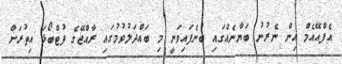
އެފްއޭއެމް އިން ނެރުނު ބަޔާނެއްގައި ބުނެފައިވަނީ މި ބައްދަލުވުމުގައި ރާއްޖޭގެ ފުޓްބޯޅަ އިތުރަށް